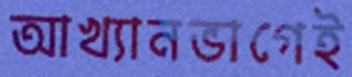
আখ্যানভাগেই